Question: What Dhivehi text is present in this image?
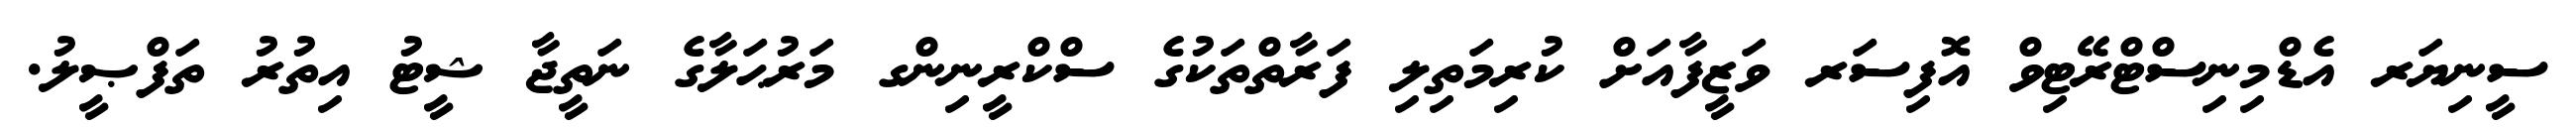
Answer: ސީނިޔަރ އެޑްމިނިސްޓްރޭޓިވް އޮފިސަރ ވަޒީފާއަށް ކުރިމަތިލި ފަރާތްތަކުގެ ސްކްރީނިންގ މަރުޙަލާގެ ނަތީޖާ ޝީޓު އިތުރު ތަފްޞީލު.